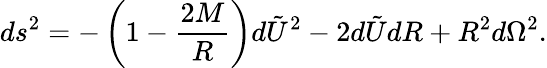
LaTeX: ds^{2}=-\left(1-\frac{2M}{R}\right)d\tilde{U}^{2}-2d\tilde{U}dR+R^{2}d\Omega^{2}.